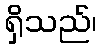
ရှိသည်၊